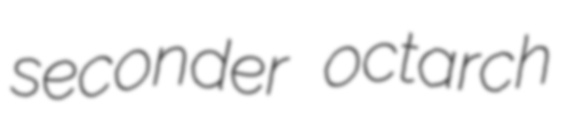
seconder octarch